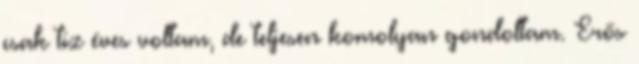
csak tíz éves voltam, de teljesen komolyan gondoltam. Erős